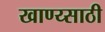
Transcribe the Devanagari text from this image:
खाण्य्साठी